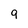
Character: 9